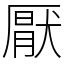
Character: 厭